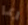
ربما